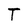
Character: T